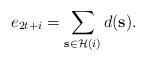
LaTeX: \begin{align*}e_{2t+i} = \sum_{\mathbf{s} \in \mathcal{H}(i)}d(\mathbf{s}).\end{align*}